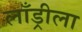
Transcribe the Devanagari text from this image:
लाँड्रीला